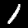
Digit: 1